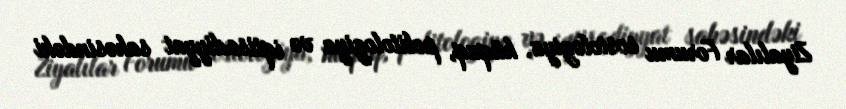
Ziyalılar Forumu sosiologiya, hüquq, politologiya və iqtisadiyyat sahəsindəki